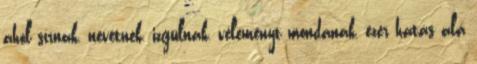
ahol sírnak, nevetnek, izgulnak, véleményt mondanak, ezer hatás alá